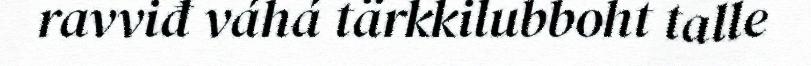
ravviđ váhá tärkkilubboht talle